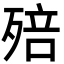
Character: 殕